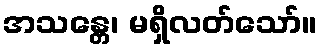
အသန္တေ၊ မရှိလတ်သော်။